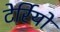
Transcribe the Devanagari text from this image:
टेर्रियो